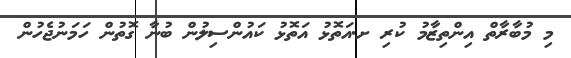
މި މުބާރާތް އިންތިޒާމު ކުރި ށ.އަތޮޅު އަތޮޅު ކައުންސިލުން ބުނާ ގޮތުން ހަމަނުޖެހުން